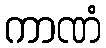
ကာဏံ